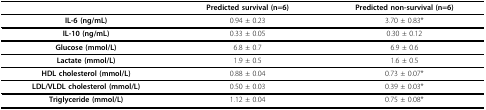
|  | Predicted survival (n=6) | Predicted non-survival (n=6) |
 | --- | --- | --- |
 | IL-6 (ng/mL) | 0.94 ± 0.23 | 3.70 ± 0.83* |
 | IL-10 (ng/mL) | 0.33 ± 0.05 | 0.30 ± 0.12 |
 | Glucose (mmol/L) | 6.8 ± 0.7 | 6.9 ± 0.6 |
 | Lactate (mmol/L) | 1.9 ± 0.5 | 1.6 ± 0.5 |
 | HDL cholesterol (mmol/L) | 0.88 ± 0.04 | 0.73 ± 0.07* |
 | LDL/VLDL cholesterol (mmol/L) | 0.50 ± 0.03 | 0.39 ± 0.03* |
 | Triglyceride (mmol/L) | 1.12 ± 0.04 | 0.75 ± 0.08* |